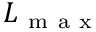
L _ { \mathrm { ~ m ~ a ~ x ~ } }